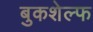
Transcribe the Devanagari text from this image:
बुकशेल्फ